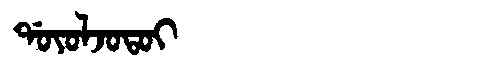
Manchu: ᡩᠣᠶᠣᠯᠵᠣᡨᠣᡳ
Romanization: DOYOLJOTOI